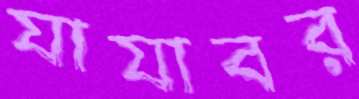
যাযাবর